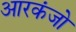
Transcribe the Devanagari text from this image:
आरकंजो